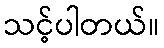
သင့်ပါတယ်။